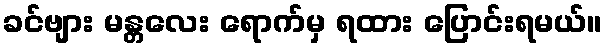
ခင်ဗျား မန္တလေး ရောက်မှ ရထား ပြောင်းရမယ်။